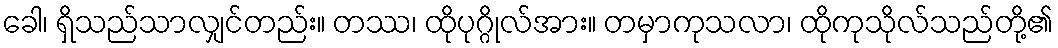
ခေါ၊ ရှိသည်သာလျှင်တည်း။ တဿ၊ ထိုပုဂ္ဂိုလ်အား။ တမှာကုသလာ၊ ထိုကုသိုလ်သည်တို့၏